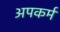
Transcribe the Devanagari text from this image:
अपकर्म